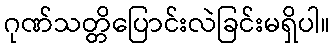
ဂုဏ်သတ္တိပြောင်းလဲခြင်းမရှိပါ။